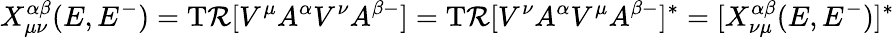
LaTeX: X_{\mu\nu}^{\alpha\beta}(E,E^{-})=\operatorname{T\mathcal{R}}[V^{\mu}A^{\alpha}V^{\nu}A^{\beta-}]=\operatorname{T\mathcal{R}}[V^{\nu}A^{\alpha}V^{\mu}A^{\beta-}]^{*}=[X_{\nu\mu}^{\alpha\beta}(E,E^{-})]^{*}